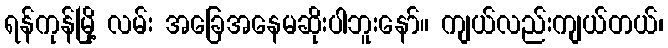
ရန်ကုန်မြို့ လမ်း အခြေအနေမဆိုးပါဘူးနော်။ ကျယ်လည်းကျယ်တယ်၊